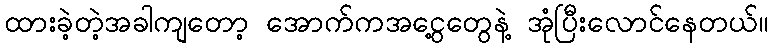
ထားခဲ့တဲ့အခါကျတော့ အောက်ကအငွေ့တွေနဲ့ အုံပြီးလောင်နေတယ်။